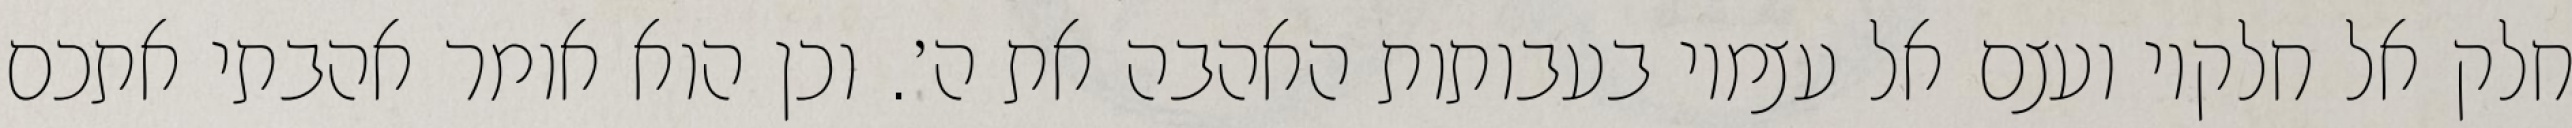
חלק אל חלקיו ועצם אל עצמיו בעבותות האהבה את ה׳. וכן הוא אומר אהבתי אתכם